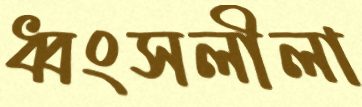
ধ্বংসলীলা